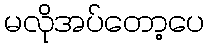
မလိုအပ်တော့ပေ